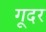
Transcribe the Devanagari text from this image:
गूदर